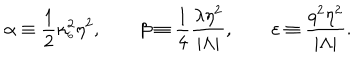
LaTeX: \alpha \equiv \frac { 1 } { 2 } \kappa _ { _ 6 } ^ { 2 } \eta ^ { 2 } , \qquad \beta \equiv \frac { 1 } { 4 } \frac { \lambda \eta ^ { 2 } } { | \Lambda | } , \qquad \varepsilon \equiv \frac { q ^ { 2 } \eta ^ { 2 } } { | \Lambda | } .